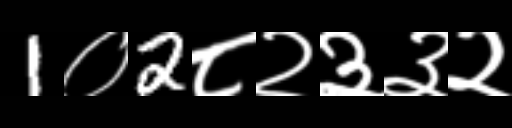
Text: 1०2८२३३२